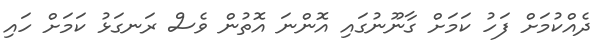
ދެއްކުމަށް ފަހު ކަމަށް ގާނޫނުގައި އޮންނަ އޮތުން ވެސް ރަނގަޅު ކަމަށް ހައި